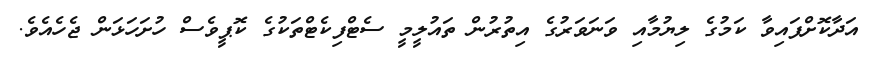
އަދާކޮށްފައިވާ ކަމުގެ ލިޔުމާއި ވަނަވަރުގެ އިތުރުން ތައުލީމީ ސެޓްފިކެޓްތަކުގެ ކޮޕީވެސް ހުށަހަޅަން ޖެހެއެވެ.